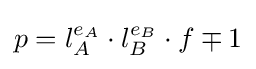
p=l_{A}^{e_{A}}\cdot l_{B}^{e_{B}}\cdot f\mp 1